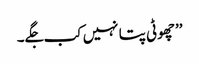
’’چھوٹی پتا نہیں کب جگے۔